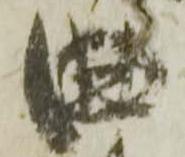
曲